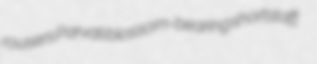
rousers Parvati blossom-bearing shortstaff